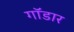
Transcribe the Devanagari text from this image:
गॉडार